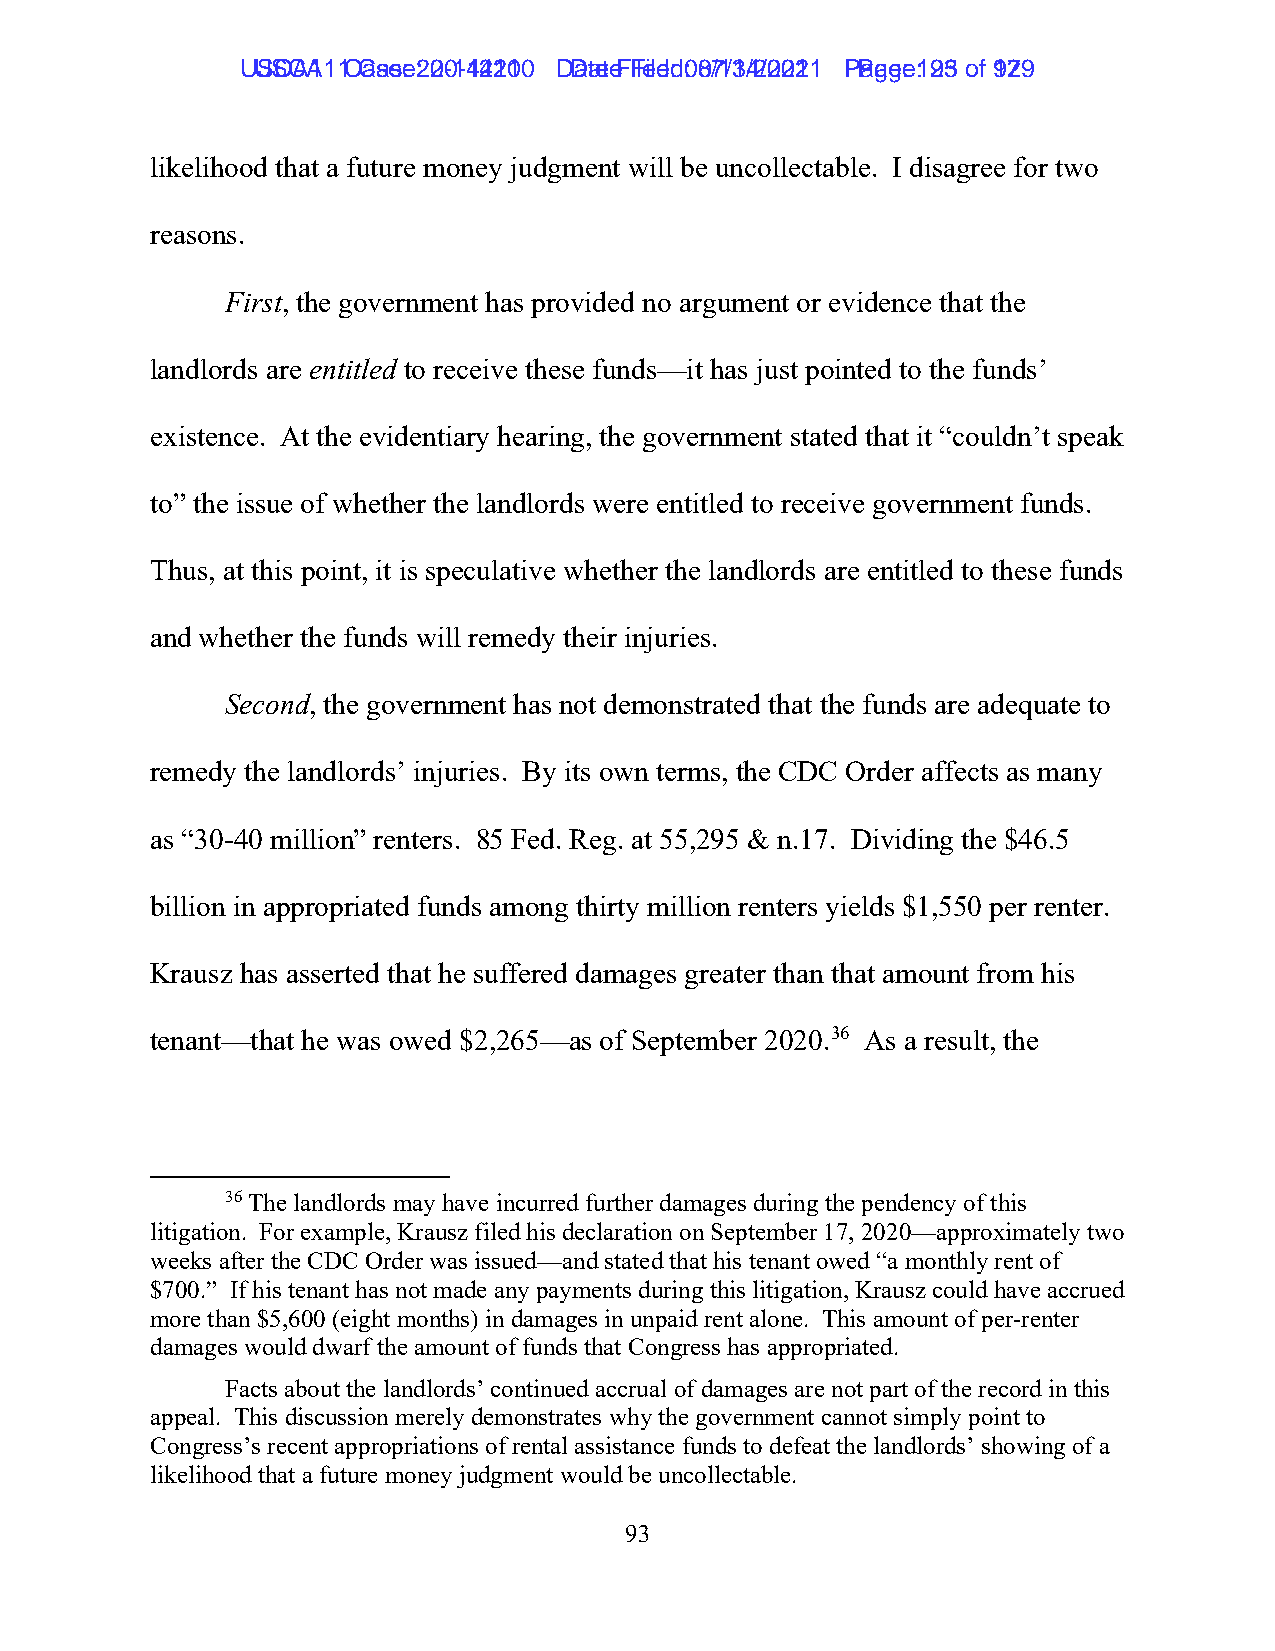
UUSSCCAA1111 C Caasese: :2 200-1-144221100 D Daatete F Fileiledd: :0 087/1/134/2/2002211 P Paaggee: :1 9235 ooff 9172 9
 likelihood that a future money judgment will be uncollectable. I disagree for two
 reasons.
 First, the government has provided no argument or evidence that the
 landlords are entitled to receive these funds—it has just pointed to the funds’
 existence. At the evidentiary hearing, the government stated that it “couldn’t speak
 to” the issue of whether the landlords were entitled to receive government funds.
 Thus, at this point, it is speculative whether the landlords are entitled to these funds
 and whether the funds will remedy their injuries.
 Second, the government has not demonstrated that the funds are adequate to
 remedy the landlords’ injuries. By its own terms, the CDC Order affects as many
 as “30-40 million” renters. 85 Fed. Reg. at 55,295 & n.17. Dividing the $46.5
 billion in appropriated funds among thirty million renters yields $1,550 per renter.
 Krausz has asserted that he suffered damages greater than that amount from his
 tenant—that he was owed $2,265—as of September 2020.36 As a result, the
 36 The landlords may have incurred further damages during the pendency of this
 litigation. For example, Krausz filed his declaration on September 17, 2020—approximately two
 weeks after the CDC Order was issued—and stated that his tenant owed “a monthly rent of
 $700.” If his tenant has not made any payments during this litigation, Krausz could have accrued
 more than $5,600 (eight months) in damages in unpaid rent alone. This amount of per-renter
 damages would dwarf the amount of funds that Congress has appropriated.
 Facts about the landlords’ continued accrual of damages are not part of the record in this
 appeal. This discussion merely demonstrates why the government cannot simply point to
 Congress’s recent appropriations of rental assistance funds to defeat the landlords’ showing of a
 likelihood that a future money judgment would be uncollectable.
 93